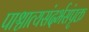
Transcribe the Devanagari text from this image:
पाश्चात्यसंदर्भसंपृक्त